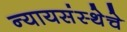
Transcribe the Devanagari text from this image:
न्यायसंस्थेचे